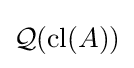
{\mathcal {Q}}({\mbox{cl}}(A))